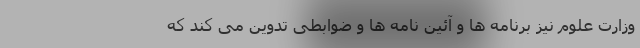
وزارت علوم نیز برنامه ها و آئین نامه ها و ضوابطی تدوین می کند که